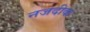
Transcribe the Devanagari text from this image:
नजदीक